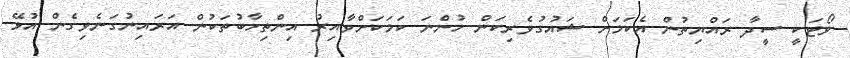
ވޯޓަކީ ސީދާ ރައްޔިތުން އެކަމަށް ޝައުގުވެރިކަން ހުންނަ ކަމަކަށްވާއިރު އިންތިހާބުތަކުން އަރައިނުގަނެވިގެން އުޅޭ